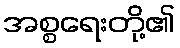
အစ္စရေးတို့၏